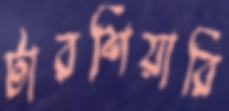
টারশিয়ারি